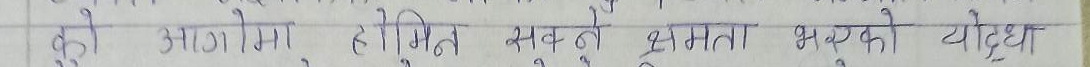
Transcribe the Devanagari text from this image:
कुनै आगामी हरिजित सक्ने क्षमता भएको योद्धा